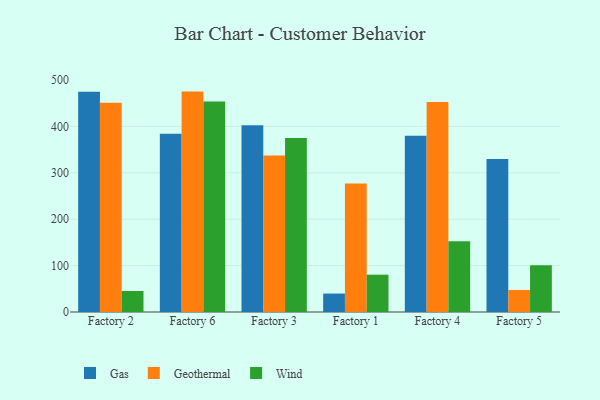
{"axis": {"x": "Factory", "y": "Conversion Rate (%)"}, "legend": ["Gas", "Geothermal", "Wind"], "data": [{"x": "Factory 2", "y": 474.9, "type": "Gas"}, {"x": "Factory 2", "y": 451.2, "type": "Geothermal"}, {"x": "Factory 2", "y": 45.3, "type": "Wind"}, {"x": "Factory 6", "y": 384.1, "type": "Gas"}, {"x": "Factory 6", "y": 475.0, "type": "Geothermal"}, {"x": "Factory 6", "y": 453.6, "type": "Wind"}, {"x": "Factory 3", "y": 402.4, "type": "Gas"}, {"x": "Factory 3", "y": 337.5, "type": "Geothermal"}, {"x": "Factory 3", "y": 375.2, "type": "Wind"}, {"x": "Factory 1", "y": 39.7, "type": "Gas"}, {"x": "Factory 1", "y": 276.9, "type": "Geothermal"}, {"x": "Factory 1", "y": 80.4, "type": "Wind"}, {"x": "Factory 4", "y": 379.6, "type": "Gas"}, {"x": "Factory 4", "y": 452.5, "type": "Geothermal"}, {"x": "Factory 4", "y": 152.3, "type": "Wind"}, {"x": "Factory 5", "y": 329.7, "type": "Gas"}, {"x": "Factory 5", "y": 47.5, "type": "Geothermal"}, {"x": "Factory 5", "y": 100.7, "type": "Wind"}]}